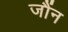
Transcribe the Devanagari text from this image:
जौंन